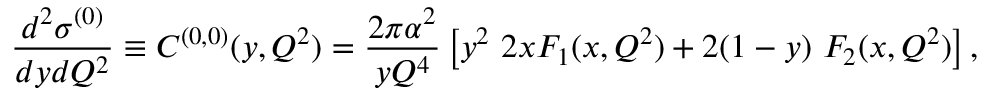
\frac { d ^ { 2 } \sigma ^ { ( 0 ) } } { d y d Q ^ { 2 } } \equiv C ^ { ( 0 , 0 ) } ( y , Q ^ { 2 } ) = \frac { 2 \pi \alpha ^ { 2 } } { y Q ^ { 4 } } \left[ y ^ { 2 } ~ 2 x F _ { 1 } ( x , Q ^ { 2 } ) + 2 ( 1 - y ) ~ F _ { 2 } ( x , Q ^ { 2 } ) \right] ,